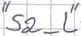
Text: "S2_L"